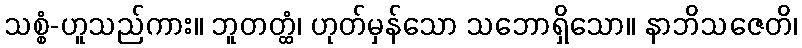
သစ္စံ-ဟူသည်ကား။ ဘူတတ္ထံ၊ ဟုတ်မှန်သော သဘောရှိသော။ နာဘိသဇေတိ၊